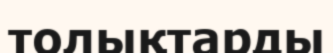
толықтарды